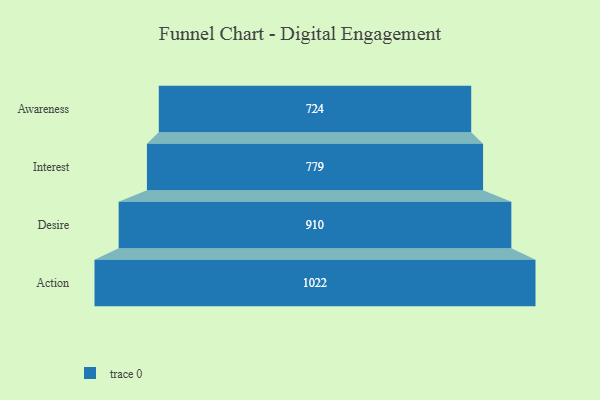
{"axis": {"x": "Stage", "y": "Value"}, "legend": [""], "data": [{"x": "Awareness", "y": 724.0, "type": ""}, {"x": "Interest", "y": 779.0, "type": ""}, {"x": "Desire", "y": 910.0, "type": ""}, {"x": "Action", "y": 1022.0, "type": ""}]}